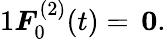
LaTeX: \begin{array}{r}{{1}\boldsymbol{{F}}_{0}^{(2)}(t)=\, \boldsymbol{{0}}.}\end{array}